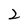
Character: 2